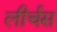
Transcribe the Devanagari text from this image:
लीर्चस